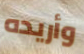
وأريده